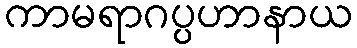
ကာမရာဂပ္ပဟာနာယ